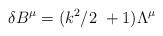
LaTeX: \begin{align*}\delta B^{\mu} = (k^{2} /2 \, \, +1) \Lambda ^{\mu}\end{align*}